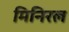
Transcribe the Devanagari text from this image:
मिनिरल